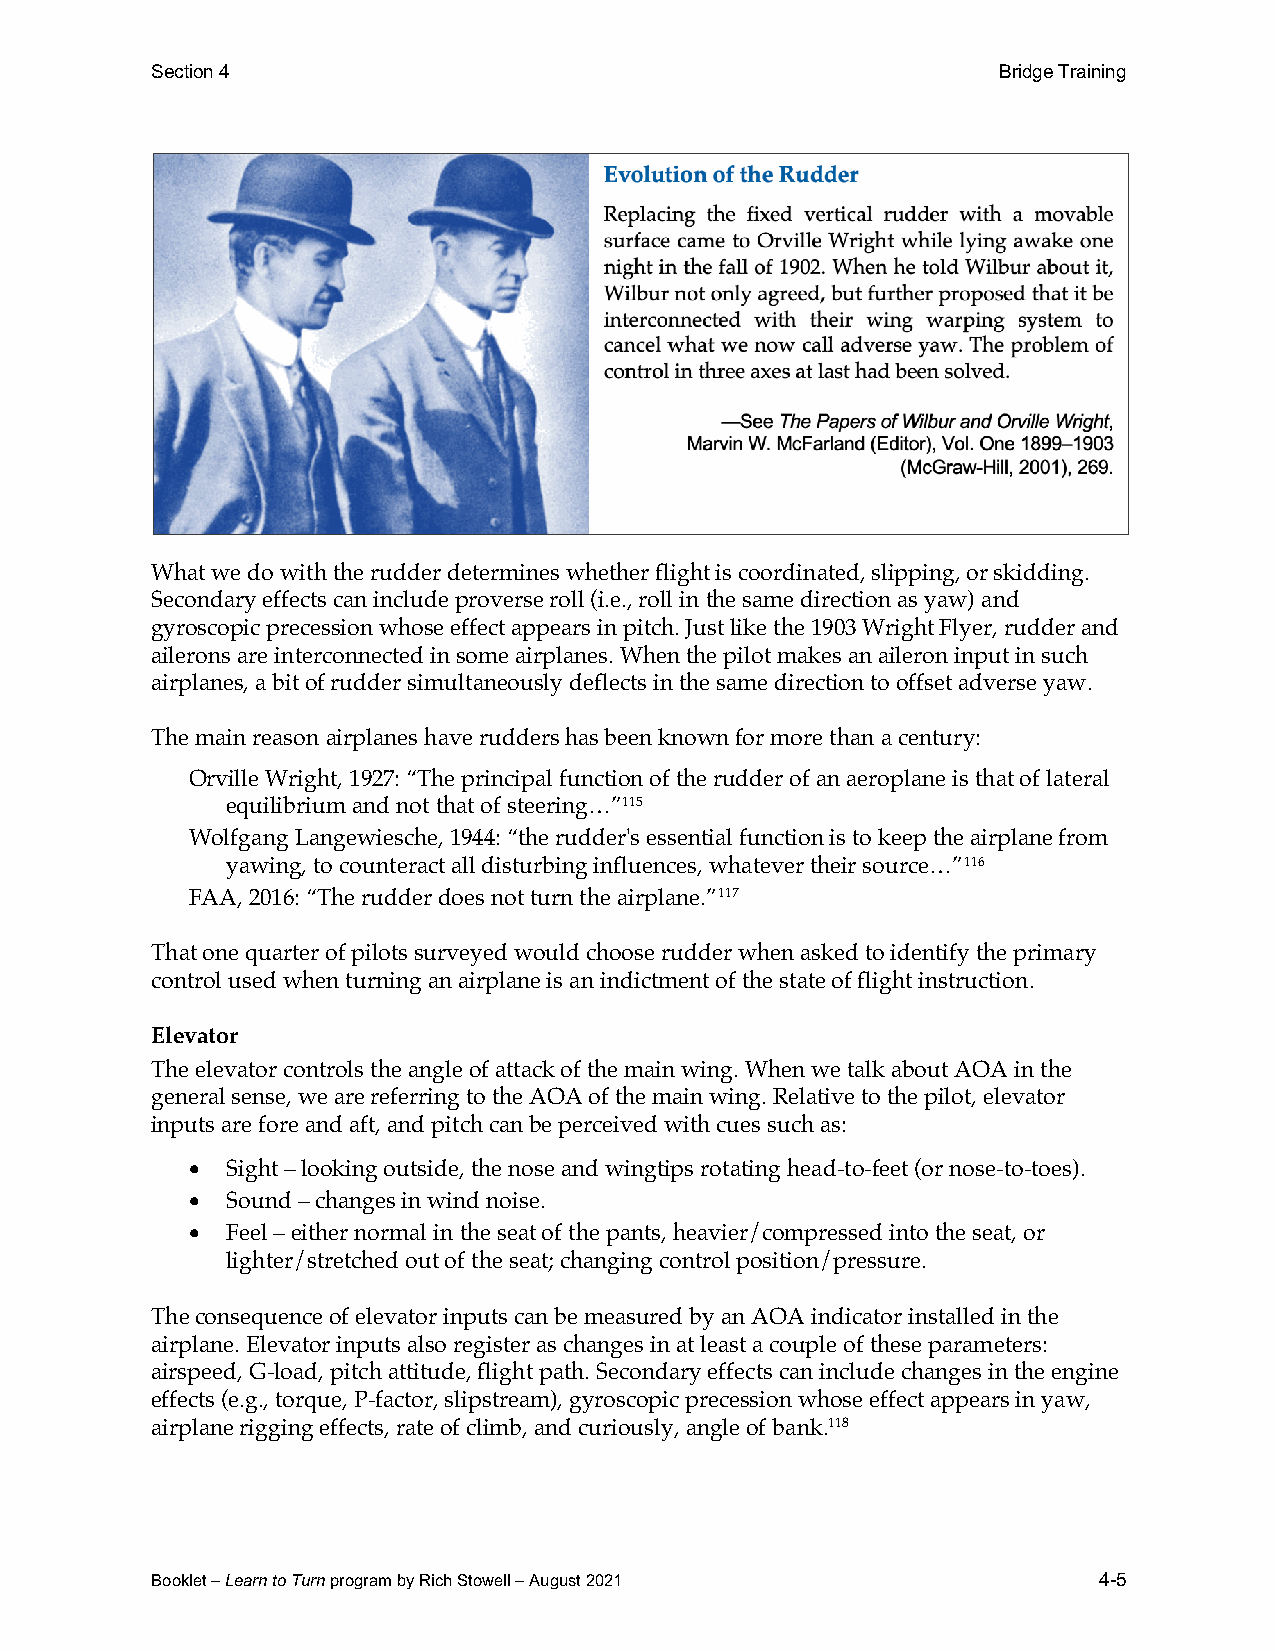
Section 4                                               Bridge Training
 What we do with the rudder determines whether flight is coordinated, slipping, or skidding.
 Secondary effects can include proverse roll (i.e., roll in the same direction as yaw) and
 gyroscopic precession whose effect appears in pitch. Just like the 1903 Wright Flyer, rudder and
 ailerons are interconnected in some airplanes. When the pilot makes an aileron input in such
 airplanes, a bit of rudder simultaneously deflects in the same direction to offset adverse yaw.
 The main reason airplanes have rudders has been known for more than a century:
 Orville Wright, 1927: “The principal function of the rudder of an aeroplane is that of lateral
 equilibrium and not that of steering…”115
 Wolfgang Langewiesche, 1944: “the rudder's essential function is to keep the airplane from
 yawing, to counteract all disturbing influences, whatever their source…”116
 FAA, 2016: “The rudder does not turn the airplane.”117
 That one quarter of pilots surveyed would choose rudder when asked to identify the primary
 control used when turning an airplane is an indictment of the state of flight instruction.
 Elevator
 The elevator controls the angle of attack of the main wing. When we talk about AOA in the
 general sense, we are referring to the AOA of the main wing. Relative to the pilot, elevator
 inputs are fore and aft, and pitch can be perceived with cues such as:
 •  Sight – looking outside, the nose and wingtips rotating head-to-feet (or nose-to-toes).
 •  Sound – changes in wind noise.
 •  Feel – either normal in the seat of the pants, heavier/compressed into the seat, or
 lighter/stretched out of the seat; changing control position/pressure.
 The consequence of elevator inputs can be measured by an AOA indicator installed in the
 airplane. Elevator inputs also register as changes in at least a couple of these parameters:
 airspeed, G-load, pitch attitude, flight path. Secondary effects can include changes in the engine
 effects (e.g., torque, P-factor, slipstream), gyroscopic precession whose effect appears in yaw,
 airplane rigging effects, rate of climb, and curiously, angle of bank.118
 Booklet – Learn to Turn program by Rich Stowell – August 2021  4-5